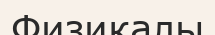
Физикалы